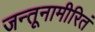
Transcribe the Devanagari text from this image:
जन्तूनामीरितं